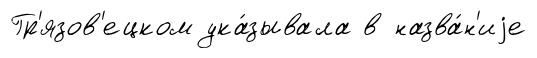
Гр'язов'ецком ука́зывала в назва́н'иjе